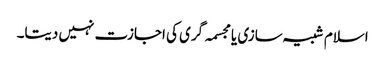
اسلام شبیہ سازی یا مجسمہ گری کی اجازت نہیں دیتا۔